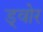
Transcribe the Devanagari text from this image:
ड्वोर